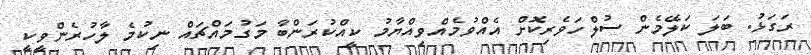
ރަގަޅު. ބަލަ ކަލޭމެން ސުލްހަވެރިކޮށް އެއްވުމެއްވިއްޔާމު ކީއްކުރަންބާ މަގުމައްޗައް ނިކުމެ ލާހުރެންވީކީ